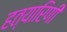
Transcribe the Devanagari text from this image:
हत्यारिणी